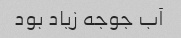
آب جوجه زیاد بود